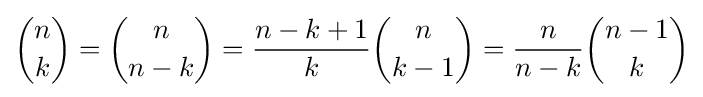
{\binom {n}{k}}={\binom {n}{n-k}}={\frac {n-k+1}{k}}{\binom {n}{k-1}}={\frac {n}{n-k}}{\binom {n-1}{k}}